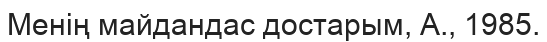
Менің майдандас достарым, А., 1985.